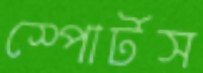
স্পোর্টস